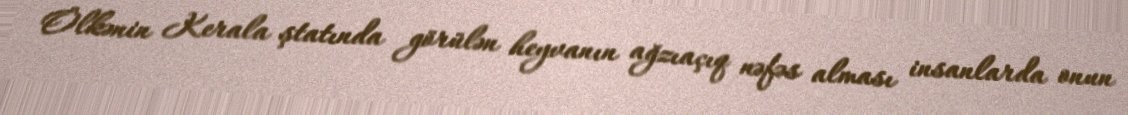
Ölkənin Kerala ştatında görülən heyvanın ağzıaçıq nəfəs alması insanlarda onun